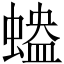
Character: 𧏱